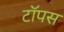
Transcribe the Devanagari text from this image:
टॉपस